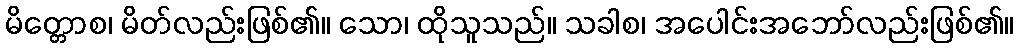
မိတ္တောစ၊ မိတ်လည်းဖြစ်၏။ သော၊ ထိုသူသည်။ သခါစ၊ အပေါင်းအဘော်လည်းဖြစ်၏။